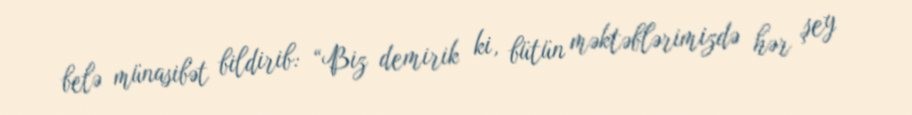
belə münasibət bildirib: “Biz demirik ki, bütün məktəblərimizdə hər şey